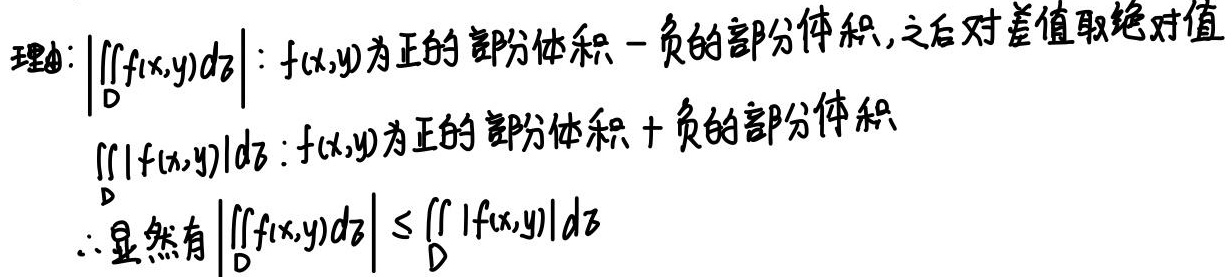
理由:
$\left|\iint_{D} f(x,y) \, d\sigma\right|: f(x,y)$为正的部分体积 - 负的部分体积, 之后对差值取绝对值
$\iint_{D} |f(x,y)| \, d\sigma: f(x,y)$为正的部分体积 + 负的部分体积
$\therefore$显然有$\left|\iint_{D} f(x,y) \, d\sigma\right| \leq \iint_{D} |f(x,y)| \, d\sigma$